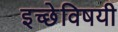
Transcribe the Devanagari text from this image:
इच्छेविषयी